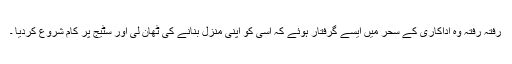
رفتہ رفتہ وہ اداکاری کے سحر میں ایسے گرفتار ہوئے کہ اسی کو اپنی منزل بنانے کی ٹھان لی اور سٹیج پر کام شروع کردیا ۔